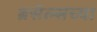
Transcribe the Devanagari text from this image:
ब्रसेल्सच्या